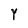
Character: Y